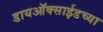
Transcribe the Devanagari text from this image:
डायऑक्साईडच्या